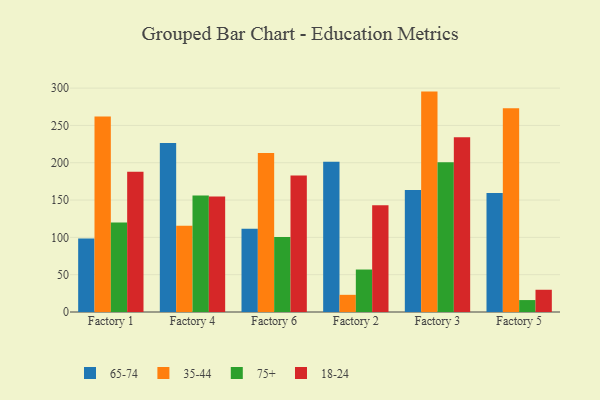
{"axis": {"x": "Factory", "y": "Backlog"}, "legend": ["18-24", "35-44", "65-74", "75+"], "data": [{"x": "Factory 1", "y": 98.4, "type": "65-74"}, {"x": "Factory 1", "y": 261.8, "type": "35-44"}, {"x": "Factory 1", "y": 120.0, "type": "75+"}, {"x": "Factory 1", "y": 187.9, "type": "18-24"}, {"x": "Factory 4", "y": 226.4, "type": "65-74"}, {"x": "Factory 4", "y": 115.5, "type": "35-44"}, {"x": "Factory 4", "y": 156.0, "type": "75+"}, {"x": "Factory 4", "y": 154.7, "type": "18-24"}, {"x": "Factory 6", "y": 111.5, "type": "65-74"}, {"x": "Factory 6", "y": 212.9, "type": "35-44"}, {"x": "Factory 6", "y": 100.5, "type": "75+"}, {"x": "Factory 6", "y": 182.9, "type": "18-24"}, {"x": "Factory 2", "y": 201.2, "type": "65-74"}, {"x": "Factory 2", "y": 23.0, "type": "35-44"}, {"x": "Factory 2", "y": 56.9, "type": "75+"}, {"x": "Factory 2", "y": 142.9, "type": "18-24"}, {"x": "Factory 3", "y": 163.3, "type": "65-74"}, {"x": "Factory 3", "y": 295.3, "type": "35-44"}, {"x": "Factory 3", "y": 200.7, "type": "75+"}, {"x": "Factory 3", "y": 234.2, "type": "18-24"}, {"x": "Factory 5", "y": 159.6, "type": "65-74"}, {"x": "Factory 5", "y": 272.9, "type": "35-44"}, {"x": "Factory 5", "y": 16.0, "type": "75+"}, {"x": "Factory 5", "y": 29.8, "type": "18-24"}]}